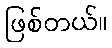
ဖြစ်တယ်။